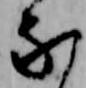
な